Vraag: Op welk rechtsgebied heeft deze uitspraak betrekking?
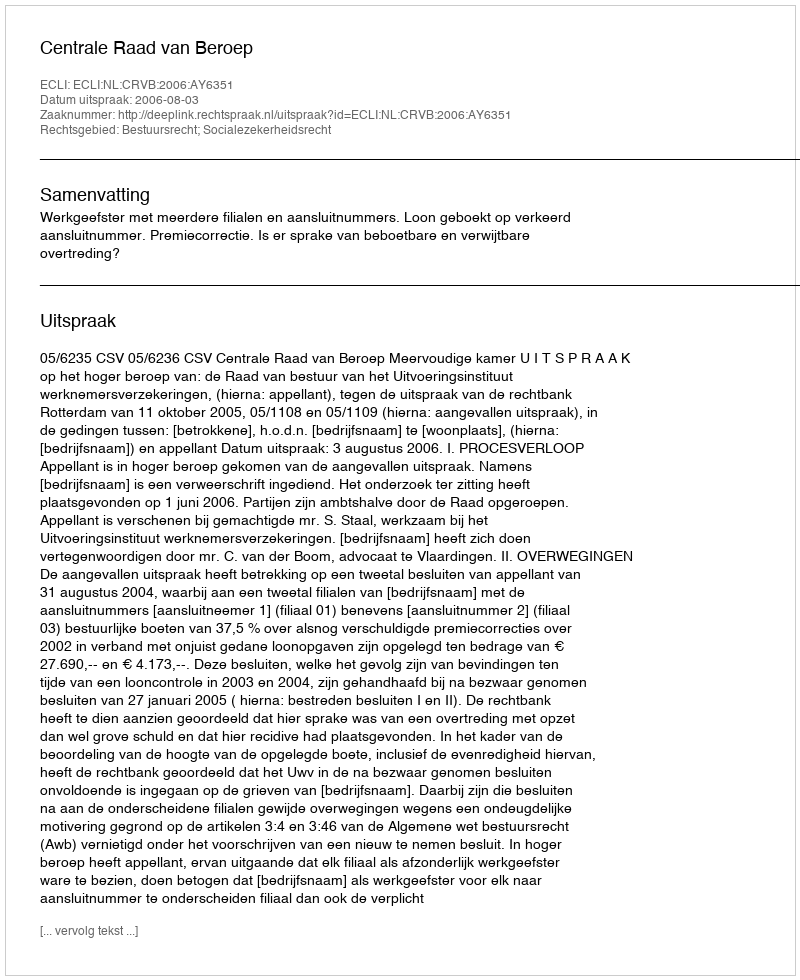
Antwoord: Bestuursrecht; Socialezekerheidsrecht